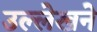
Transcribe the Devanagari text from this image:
उल्लेखने